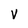
Character: V